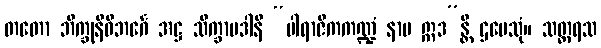
တတော ဘိက္ခုနီဝိဘင်္ဂေ အဋ္ဌ သိက္ခာပဒါနိ “ပါရာဇိကကဏ္ဍံ နာမ ဣဒ”န္တိ ဌပေသုံ။ သတ္တရသ